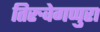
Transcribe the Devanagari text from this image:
तिरुवेगप्पुरा